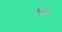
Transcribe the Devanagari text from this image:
कंजारा